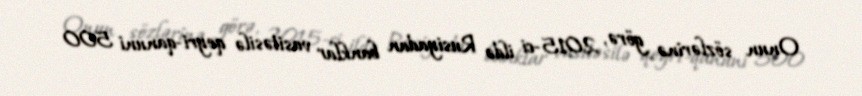
Onun sözlərinə görə, 2015-ci ildə Rusiyadan banklar vasitəsilə qeyri-qanuni 500